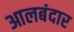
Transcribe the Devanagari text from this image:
आलबंदार